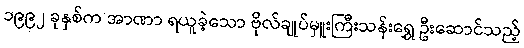
၁၉၉၂ ခုနှစ်က အာဏာ ရယူခဲ့သော ဗိုလ်ချုပ်မှူးကြီးသန်းရွှေ ဦးဆောင်သည့်